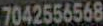
7042556568